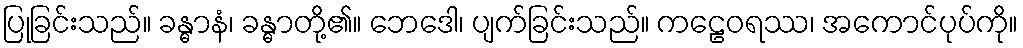
ပြုခြင်းသည်။ ခန္ဓာနံ၊ ခန္ဓာတို့၏။ ဘေဒေါ၊ ပျက်ခြင်းသည်။ ကဠေဝရဿ၊ အကောင်ပုပ်ကို။